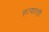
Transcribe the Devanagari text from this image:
हत्यारही